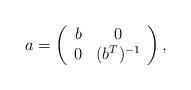
LaTeX: \begin{align*}a = \left( \begin{array}{cc}b & 0 \\0 & (b^T)^{-1}\end{array} \right),\end{align*}